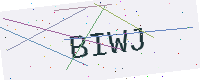
Text: BIWJ